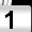
Digit: 1